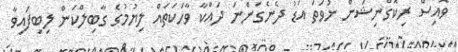
ވޮއިސް ރިކޮގްނިޝަން ނުވަތަ އަޑު ދެނެގަންނަ ދައްކާ ވާހަކަތައް ލިޔުމުގެ ގާބިލްކަން ލިބިފައިވާ